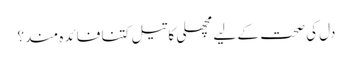
دل کی صحت کے لیے مچھلی کا تیل کتنا فائدہ مند؟